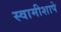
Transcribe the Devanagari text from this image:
स्वामीशापे